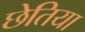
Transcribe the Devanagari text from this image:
छेतिया